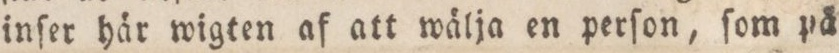
inſer här wigten af att wälja en perſon, ſom på